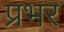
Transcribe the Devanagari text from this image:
प्रभर